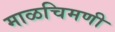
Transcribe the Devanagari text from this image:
माळचिमणी